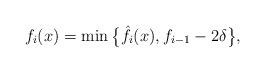
LaTeX: \begin{align*}f_{i}(x)=\min\big\{\hat f_{i}(x),f_{i-1}-2\delta\big\},\end{align*}